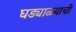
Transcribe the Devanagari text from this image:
घड्याळ्याची